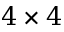
4 \times 4